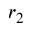
r _ { 2 }